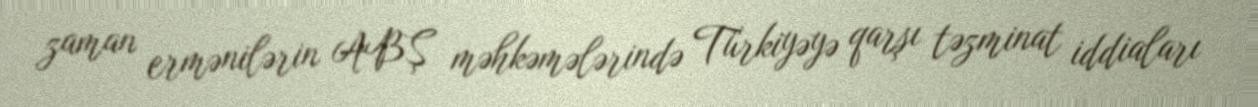
zaman ermənilərin ABŞ məhkəmələrində Türkiyəyə qarşı təzminat iddiaları